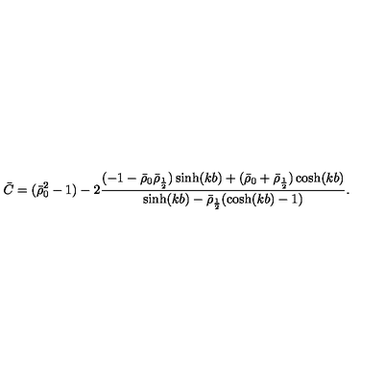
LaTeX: \bar { C } = ( \bar { \rho } _ { 0 } ^ { 2 } - 1 ) - 2 \frac { ( - 1 - \bar { \rho } _ { 0 } \bar { \rho } _ { \frac 1 2 } ) \sinh ( k b ) + ( \bar { \rho } _ { 0 } + \bar { \rho } _ { \frac 1 2 } ) \cosh ( k b ) } { \sinh ( k b ) - \bar { \rho } _ { \frac 1 2 } ( \cosh ( k b ) - 1 ) } .